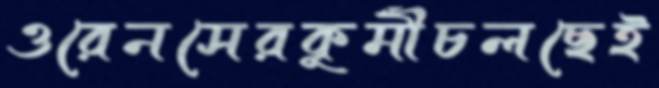
ওরেনসেরকূর্মীচলছেই